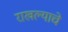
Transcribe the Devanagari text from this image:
राखल्याचे